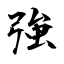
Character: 強